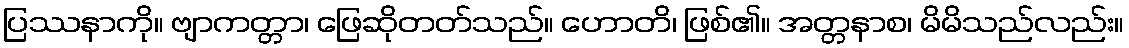
ပြဿနာကို။ ဗျာကတ္တာ၊ ဖြေဆိုတတ်သည်။ ဟောတိ၊ ဖြစ်၏။ အတ္တနာစ၊ မိမိသည်လည်း။